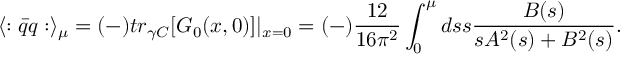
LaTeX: \langle : \bar { q } q : \rangle _ { \mu } = ( - ) t r _ { \gamma C } [ G _ { 0 } ( x , 0 ) ] | _ { x = 0 } = ( - ) \frac { 1 2 } { 1 6 \pi ^ { 2 } } \int _ { 0 } ^ { \mu } d s s \frac { B ( s ) } { s A ^ { 2 } ( s ) + B ^ { 2 } ( s ) } .